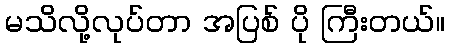
မသိလို့လုပ်တာ အပြစ် ပို ကြီးတယ်။